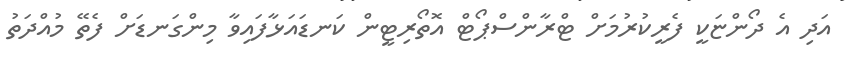
އަދި އެ ދޯންޏަކީ ފެރީކުރުމަށް ޓްރާންސްޕޯޓް އޮތޯރިޓީން ކަނޑައަޅާފައިވާ މިންގަނޑަށް ފެތޭ މުއްދަތު